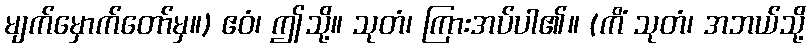
မျက်မှောက်တော်မှ။) ဧဝံ၊ ဤသို့။ သုတံ၊ ကြားအပ်ပါ၏။ (ကိံ သုတံ၊ အဘယ်သို့